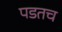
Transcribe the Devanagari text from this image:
पडतच